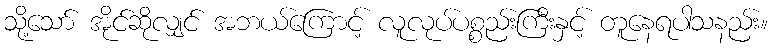
သို့သော် အိုင်ဆိုလျှင် အဘယ်ကြောင့် လူလုပ်ပစ္စည်းကြီးနှင့် တူနေရပါသနည်း။